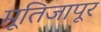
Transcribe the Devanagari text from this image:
मूतिजापूर